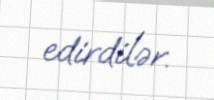
edirdilər.